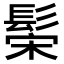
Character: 𬴪